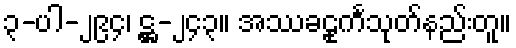
၃-ပါ-၂၉၄၊ ဋ္ဌ-၂၄၃။ အဿခဠုင်္ကသုတ်နည်းတူ။